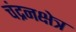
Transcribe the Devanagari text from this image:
चंद्रनक्षेत्र